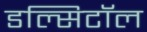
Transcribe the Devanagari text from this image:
डल्सिटॉल